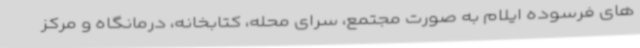
های فرسوده ایلام به صورت مجتمع، سرای محله، کتابخانه، درمانگاه و مرکز